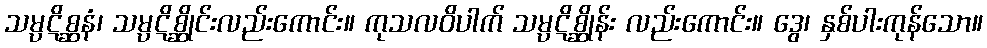
သမ္ပဋိစ္ဆနံ၊ သမ္ပဋိစ္ဆိုင်းလည်းကောင်း။ ကုသလဝိပါက် သမ္ပဋိစ္ဆိုန်း လည်းကောင်း။ ဒွေ၊ နှစ်ပါးကုန်သော။